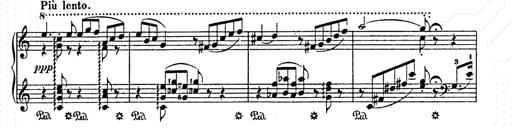
Title: AnnÃ©es de pÃ¨lerinage II
Composer: Franz Liszt